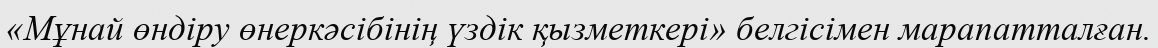
«Мұнай өндіру өнеркәсібінің үздік қызметкері» белгісімен марапатталған.